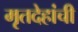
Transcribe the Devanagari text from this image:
मृतदेहांची